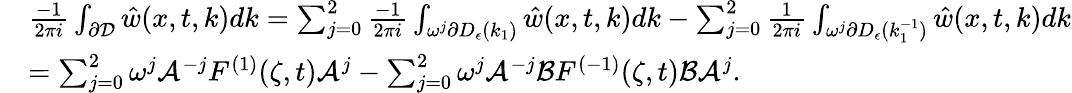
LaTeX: \begin{array}{rl}&{\frac{-1}{2\pi i}\int_{\partial\mathcal{D}}\hat{w}(x,t,k)dk=\sum_{j=0}^{2}\frac{-1}{2\pi i}\int_{\omega^{j}\partial D_{\epsilon}(k_{1})}\hat{w}(x,t,k)dk-\sum_{j=0}^{2}\frac{1}{2\pi i}\int_{\omega^{j}\partial D_{\epsilon}(k_{1}^{-1})}\hat{w}(x,t,k)dk}\\ &{=\sum_{j=0}^{2}\omega^{j}\mathcal{A}^{-j}F^{(1)}(\zeta,t)\mathcal{A}^{j}-\sum_{j=0}^{2}\omega^{j}\mathcal{A}^{-j}\mathcal{B}F^{(-1)}(\zeta,t)\mathcal{B}\mathcal{A}^{j}.}\end{array}